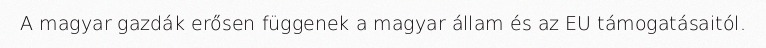
A magyar gazdák erősen függenek a magyar állam és az EU támogatásaitól.